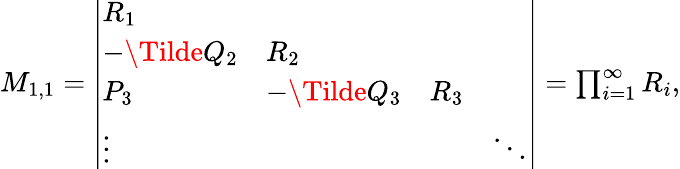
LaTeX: \begin{array}{r}{M_{1,1}=\left|\begin{array}{llll}{R_{1}}&{}&{}&{}\\ {-\Tilde{Q}_{2}}&{R_{2}}&{}\\ {P_{3}}&{-\Tilde{Q}_{3}}&{R_{3}}&{}\\ {\vdots}&{}&{}&{\ddots}\end{array}\right|=\prod_{i=1}^{\infty}R_{i},}\end{array}